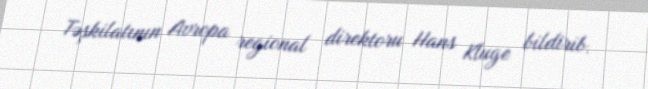
Təşkilatının Avropa regional direktoru Hans Kluge bildirib.